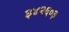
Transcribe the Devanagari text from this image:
३४२६०३